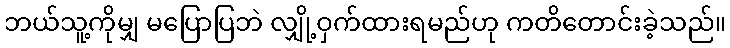
ဘယ်သူ့ကိုမျှ မပြောပြဘဲ လျှို့ဝှက်ထားရမည်ဟု ကတိတောင်းခဲ့သည်။